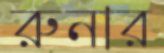
রুনার